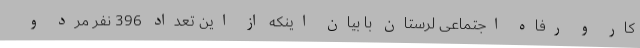
کار و رفاه اجتماعی لرستان با بیان اینکه از این تعداد 396 نفر مرد و